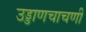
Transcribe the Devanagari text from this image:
उड्डाणचाचणी